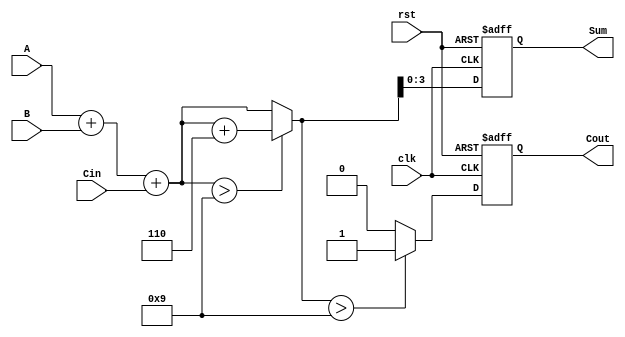
module BCD_Synchronous_Adder (
    input [3:0] A,         // First BCD operand
    input [3:0] B,         // Second BCD operand
    input Cin,             // Carry input
    output reg [3:0] Sum,  // 4-bit BCD sum result
    output reg Cout,       // Carry output
    input clk,             // Clock input
    input rst              // Reset input
);

    reg [4:0] initial_sum; // To hold the initial 5-bit sum

    always @(posedge clk or posedge rst) begin
        if (rst) begin
            Sum <= 4'b0000;
            Cout <= 1'b0;
        end else begin
            // Step 1: Perform Binary Addition
            initial_sum = A + B + Cin;

            // Step 2: Check for BCD adjustment
            if (initial_sum > 5'b01001) begin // Check if the sum exceeds 9
                initial_sum = initial_sum + 5'b00110; // Add 6 to adjust
            end

            // Step 3: Generate Sum and Carry-Out
            if (initial_sum > 5'b01001) begin // Check if adjustment resulted in BCD overflow
                Cout <= 1'b1; // Set carry out
                Sum <= initial_sum[3:0]; // Assign 4-bit BCD result after adjustment
            end else begin
                Cout <= 1'b0; // No carry out
                Sum <= initial_sum[3:0]; // Assign 4-bit BCD result
            end
        end
    end

endmodule